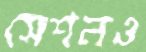
সেশনও